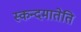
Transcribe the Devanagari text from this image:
स्कन्दमातेति